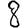
Digit: 8